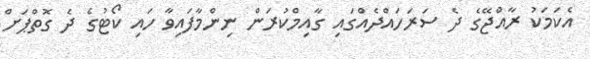
އެކަމަކު ރާއްޖޭގެ ދެ ސަރަހައްދެއްގައި ގާއިމްކުރަން ނިންމާފައިވާ ހައި ކޯޓުގެ ދެ ގޮތްޕަށް